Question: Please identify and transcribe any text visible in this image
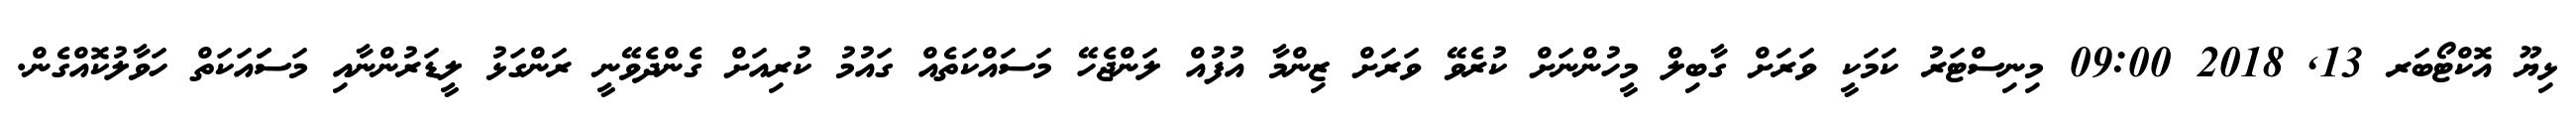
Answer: ޅިޔޫ އޮކްޓޯބަރ 13, 2018 09:00 މިނިސްޓަރު ކަމަކީ ވަރަށް ގާބިލް މީހުންނަށް ކުރެވޭ ވަރަށް ޒިންމާ އުފުއް ލަންޖެހޭ މަސައްކަތެއް ގައުމު ކުރިއަށް ގެންދެވޭނީ ރަންގަޅު ލީޑަރުންނާއި މަސަައަކަތް ހަވާލުކޮއްގެން.